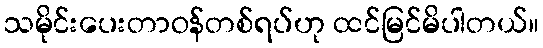
သမိုင်းပေးတာဝန်တစ်ရပ်ဟု ထင်မြင်မိပါတယ်။